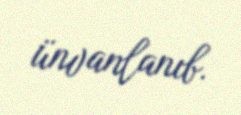
ünvanlanıb.